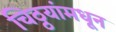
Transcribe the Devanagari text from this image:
चिठ्ठयांमधून